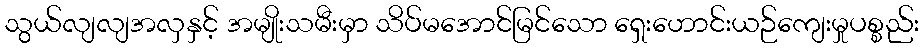
သွယ်လျလျအလှနှင့် အမျိုးသမီးမှာ သိပ်မအောင်မြင်သော ရှေးဟောင်းယဉ်ကျေးမှုပစ္စည်း